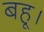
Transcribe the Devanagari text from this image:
बहू।